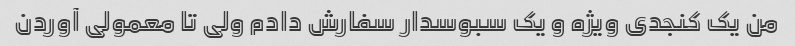
من یک کنجدی ویژه و یک سبوسدار سفارش دادم ولی تا معمولی آوردن